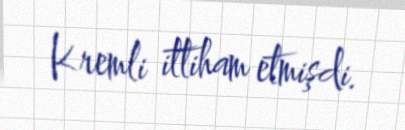
Kremli ittiham etmişdi.